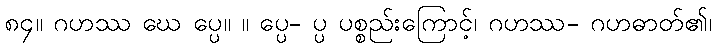
၈၄။ ဂဟဿ ဃေ ပ္ပေ။ ။ ပ္ပေ- ပ္ပ ပစ္စည်းကြောင့်၊ ဂဟဿ- ဂဟဓာတ်၏၊